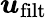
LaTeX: \boldsymbol{u}_{\mathrm{filt}}